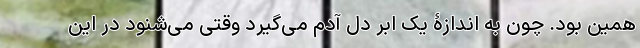
همین بود. چون به اندازۀ یک ابر دل آدم می‌گیرد وقتی می‌شنود در این